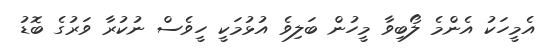
އެމީހަކު އެންމެ ލޯބިވާ މީހުން ބަލިވެ އުޅުމަކީ ހީވެސް ނުކުރާ ވަރުގެ ބޮޑު